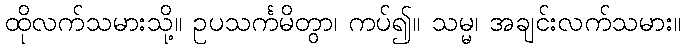
ထိုလက်သမားသို့။ ဥပသင်္ကမိတွာ၊ ကပ်၍။ သမ္မ၊ အချင်းလက်သမား။